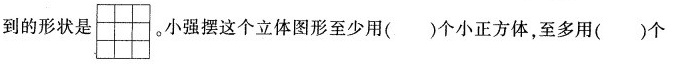
到的形状是 。小强摆这个立体图形至少用()个小正方体，至多用()个